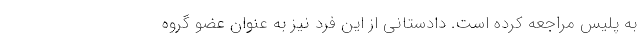
به پلیس مراجعه کرده است. دادستانی از این فرد نیز به عنوان عضو گروه